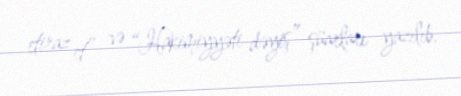
etiraz et” və “Hakimiyyəti dəyiş” şüarları yazılıb.